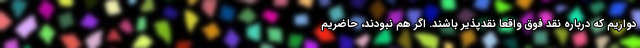
دواریم که درباره نقد فوق واقعاً نقدپذیر باشند. اگر هم نبودند، حاضریم